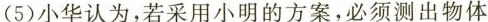
(5)小华认为，若采用小明的方案，必须测出物体